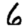
Digit: 6